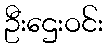
ဦးဌေးဝင်း